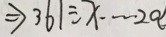
\Rightarrow 3 6 1 \div x \cdots 2 a